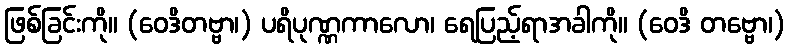
ဖြစ်ခြင်းကို။ (ဝေဒိတဗ္ဗာ၊) ပရိပုဏ္ဏကာလော၊ ရေပြည့်ရာအခါကို။ (ဝေဒိ တဗ္ဗော၊)